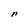
Character: n